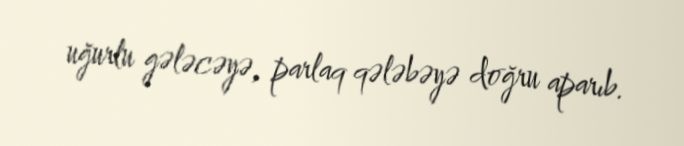
uğurlu gələcəyə, parlaq qələbəyə doğru aparıb.